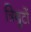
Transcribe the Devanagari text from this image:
त्रिगुटों